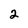
Character: 2